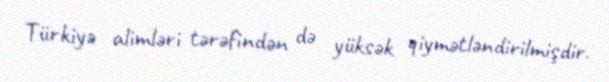
Türkiyə alimləri tərəfindən də yüksək qiymətləndirilmişdir.